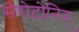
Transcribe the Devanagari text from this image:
सेरोटोनिन्